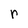
Character: r